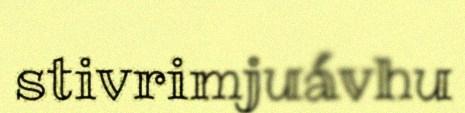
stivrimjuávhu